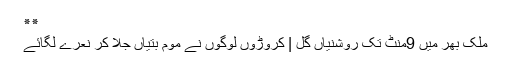
٭٭
ملک بھر میں 9منٹ تک روشنیاں گل | کروڑوں لوگوں نے موم بتیاں جلا کر نعرے لگائے